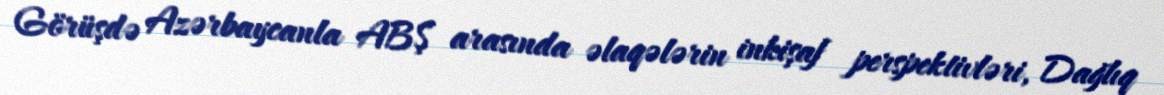
Görüşdə Azərbaycanla ABŞ arasında əlaqələrin inkişaf perspektivləri, Dağlıq